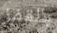
بالقفز